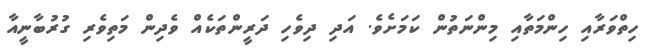
ހިތްވަރާއި ހިންމަތާއި މިންނަތުން ކަމަށެވެ. އަދި ދިވެހި ދަރީންތަކެއް ވެދިން މަތިވެރި ގުރުބާނީއާ